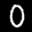
Label: 0